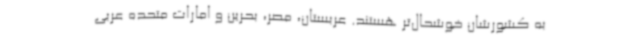
به کشورشان خوشحال‌تر هستند. عربستان، مصر، بحرین و امارات متحده عربی